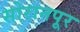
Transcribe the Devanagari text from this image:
सोरानपूर